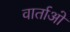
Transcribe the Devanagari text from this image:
वार्ताओ